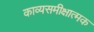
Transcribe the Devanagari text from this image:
काव्यसमीक्षात्मक